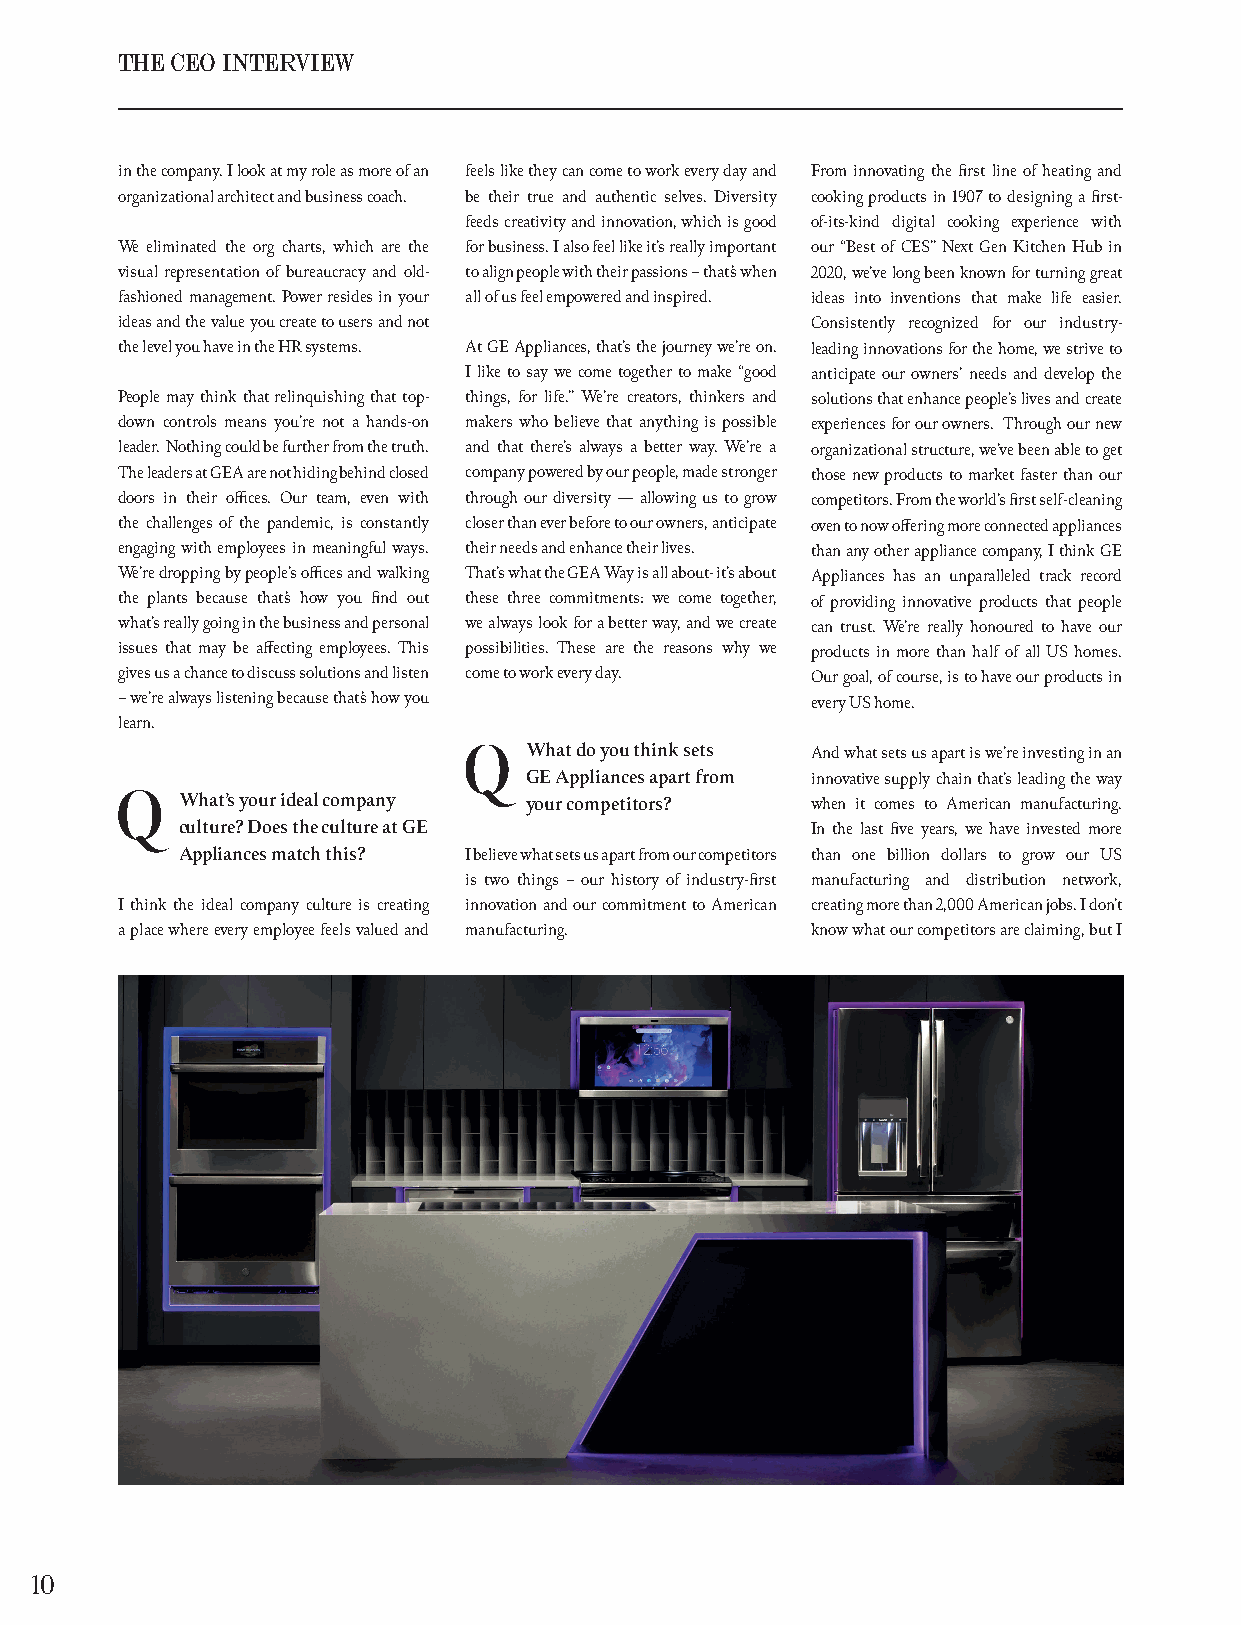
THE CEO INTERVIEW
 in the company. I look at my role as more of an feels like they can come to work every day and From innovating the first line of heating and
 organizational architect and business coach. be their true and authentic selves. Diversity cooking products in 1907 to designing a first-
 feeds creativity and innovation, which is good of-its-kind digital cooking experience with
 We eliminated the org charts, which are the for business. I also feel like it’s really important our “Best of CES” Next Gen Kitchen Hub in
 visual representation of bureaucracy and old- to align people with their passions – that’s when 2020, we’ve long been known for turning great
 fashioned management. Power resides in your all of us feel empowered and inspired. ideas into inventions that make life easier.
 ideas and the value you create to users and not Consistently recognized for our industry-
 the level you have in the HR systems. At GE Appliances, that’s the journey we’re on. leading innovations for the home, we strive to
 I like to say we come together to make “good anticipate our owners’ needs and develop the
 People may think that relinquishing that top- things, for life.” We’re creators, thinkers and solutions that enhance people’s lives and create
 down controls means you’re not a hands-on makers who believe that anything is possible experiences for our owners. Through our new
 leader. Nothing could be further from the truth. and that there’s always a better way. We’re a organizational structure, we’ve been able to get
 The leaders at GEA are not hiding behind closed company powered by our people, made stronger those new products to market faster than our
 doors in their offices. Our team, even with through our diversity — allowing us to grow competitors. From the world’s first self-cleaning
 the challenges of the pandemic, is constantly closer than ever before to our owners, anticipate oven to now offering more connected appliances
 engaging with employees in meaningful ways. their needs and enhance their lives. than any other appliance company, I think GE
 We’re dropping by people’s offices and walking That’s what the GEA Way is all about- it’s about Appliances has an unparalleled track record
 the plants because that’s how you find out these three commitments: we come together, of providing innovative products that people
 what’s really going in the business and personal we always look for a better way, and we create can trust. We’re really honoured to have our
 issues that may be affecting employees. This possibilities. These are the reasons why we products in more than half of all US homes.
 gives us a chance to discuss solutions and listen come to work every day. Our goal, of course, is to have our products in
 – we’re always listening because that’s how you every US home.
 learn.
 What do you think sets And what sets us apart is we’re investing in an
 GE Appliances apart from innovative supply chain that’s leading the way
 What’s your ideal company your competitors? when it comes to American manufacturing.
 culture? Does the culture at GE           In the last five years, we have invested more
 Appliances match this? I believe what sets us apart from our competitors than one billion dollars to grow our US
 is two things – our history of industry-first manufacturing and distribution network,
 I think the ideal company culture is creating innovation and our commitment to American creating more than 2,000 American jobs. I don’t
 a place where every employee feels valued and manufacturing. know what our competitors are claiming, but I
 10